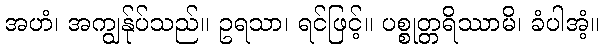
အဟံ၊ အကျွန်ုပ်သည်။ ဥရသာ၊ ရင်ဖြင့်။ ပစ္စုတ္တရိဿာမိ၊ ခံပါအံ့။